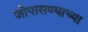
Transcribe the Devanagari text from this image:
जोपासण्याच्या